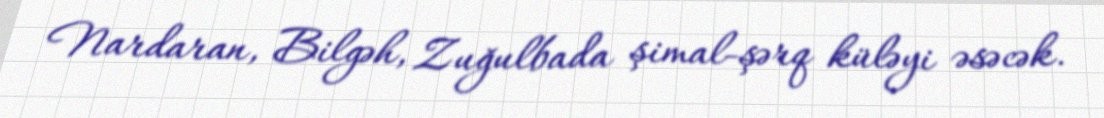
Nardaran, Bilgəh, Zuğulbada şimal-şərq küləyi əsəcək.